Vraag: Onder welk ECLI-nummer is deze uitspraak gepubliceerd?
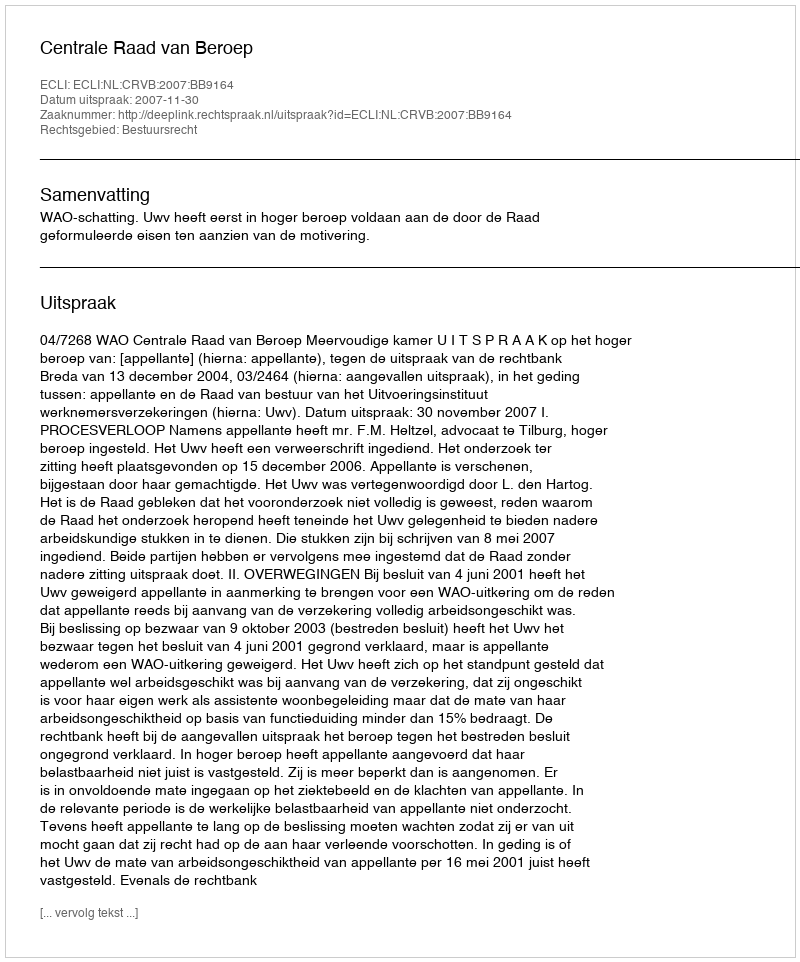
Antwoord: ECLI:NL:CRVB:2007:BB9164